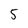
Character: 5